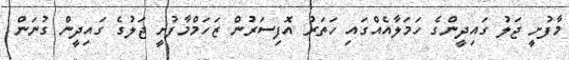
މާފުށީ ޖަލު ގައިދީންގެ ހަމަލާއެއްގައި ހަތަރު އޮފިސަރުން ޒަހަމްމާފުށީ ޖަލުގެ ގައިދީން ގުނަން